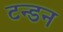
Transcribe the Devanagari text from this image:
टन्डन